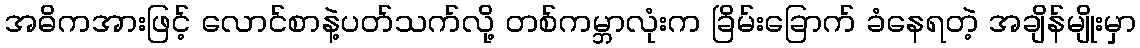
အဓိကအားဖြင့် လောင်စာနဲ့ပတ်သက်လို့ တစ်ကမ္ဘာလုံးက ခြိမ်းခြောက် ခံနေရတဲ့ အချိန်မျိုးမှာ